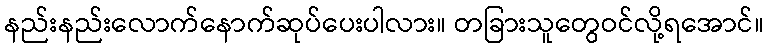
နည်းနည်းလောက်နောက်ဆုပ်ပေးပါလား။ တခြားသူတွေဝင်လို့ရအောင်။